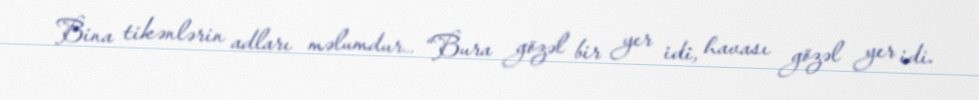
Bina tikənlərin adları məlumdur… “Bura gözəl bir yer idi, havası gözəl yer idi.